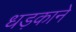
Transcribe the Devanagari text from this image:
धड़काने